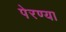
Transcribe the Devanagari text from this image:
पेरण्या